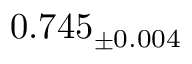
0 . 7 4 5 _ { \pm 0 . 0 0 4 }